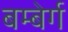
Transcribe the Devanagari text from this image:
बम्बेर्ग